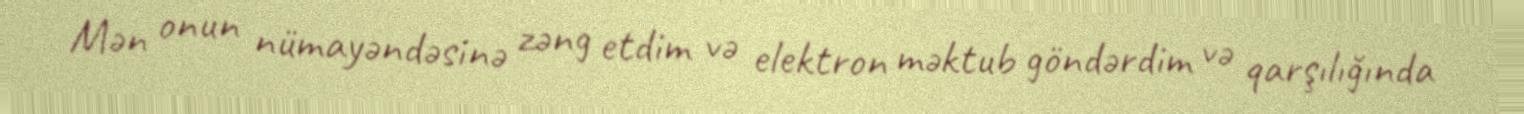
Mən onun nümayəndəsinə zəng etdim və elektron məktub göndərdim və qarşılığında